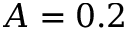
A = 0 . 2